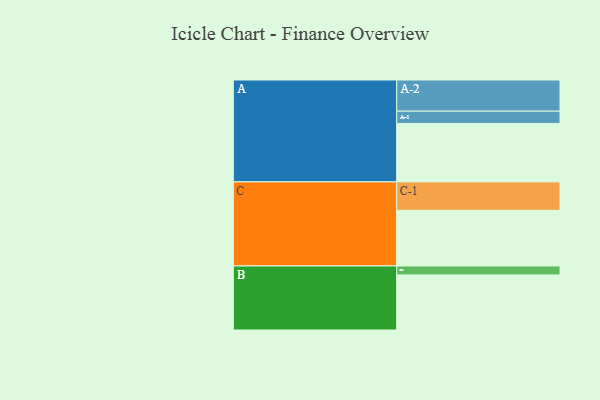
{"axis": {"x": "Segment", "y": "Value"}, "legend": ["", "A", "B", "C"], "data": [{"x": "A", "y": 489, "type": ""}, {"x": "B", "y": 461, "type": ""}, {"x": "C", "y": 466, "type": ""}, {"x": "A-1", "y": 103, "type": "A"}, {"x": "A-2", "y": 261, "type": "A"}, {"x": "B-1", "y": 75, "type": "B"}, {"x": "C-1", "y": 238, "type": "C"}]}